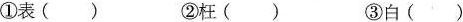
①表() ②枉() ③白()